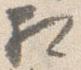
相